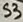
Text: S3